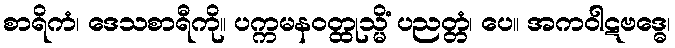
စာရိကံ၊ ဒေသစာရီကို။ ပက္ကမနဝတ္ထုသ္မိံ ပညတ္တံ၊ ပေ။ အကဝါဋဗဒ္ဓေ၊